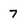
Character: 7